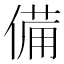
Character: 備